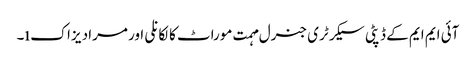
آئی ایم ایم کے ڈپٹی سیکرٹری جنرل مہمت موراٹ کالکانلی اور مراد یزاکı۔